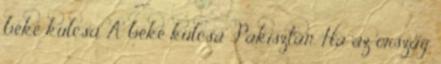
béke kulcsa A béke kulcsa Pakisztán. Ha az ország